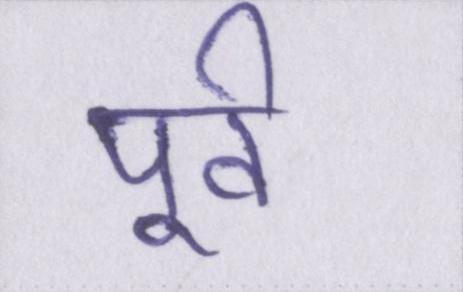
पूर्व